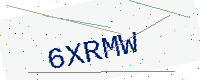
Text: 6XRMW